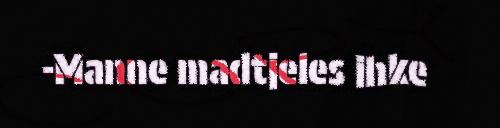
-Manne madtjeles ihke